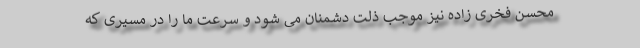
محسن فخری زاده نیز موجب ذلت دشمنان می شود و سرعت ما را در مسیری که